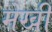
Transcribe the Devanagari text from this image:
मेखी